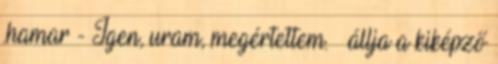
.hamar - Igen, uram, megértettem. – állja a kiképző